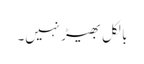
بالکل بھیڑ نہیں۔